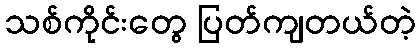
သစ်ကိုင်းတွေ ပြတ်ကျတယ်တဲ့